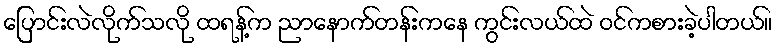
ပြောင်းလဲလိုက်သလို ထရန့်က ညာနောက်တန်းကနေ ကွင်းလယ်ထဲ ဝင်ကစားခဲ့ပါတယ်။